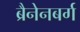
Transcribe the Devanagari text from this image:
ब्रैनेनबर्ग